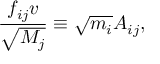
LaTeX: { \frac { f _ { i j } v } { \sqrt { M _ { j } } } } \equiv \sqrt { m _ { i } } A _ { i j } ,